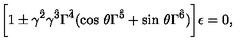
\biggl [ 1 \pm \gamma ^ { \hat { 2 } } \gamma ^ { \hat { 3 } } \Gamma ^ { \hat { 4 } } ( \mathrm { c o s } \ \theta \Gamma ^ { \hat { 5 } } + \mathrm { s i n } \ \theta \Gamma ^ { \hat { 6 } } ) \biggr ] \epsilon = 0 ,